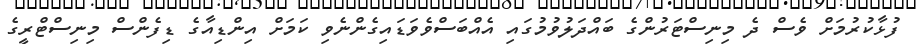
ފުޅާކުރުމަށް ވެސް ދެ މިނިސްޓަރުންގެ ބައްދަލުވުމުގައި އެއްބަސްވެވަޑައިގެންނެވި ކަމަށް އިންޑިއާގެ ޑިފެންސް މިނިސްޓްރީގެ